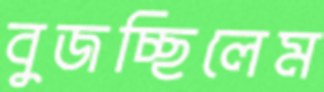
বুজচ্ছিলেম